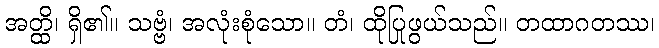
အတ္ထိ၊ ရှိ၏။ သဗ္ဗံ၊ အလုံးစုံသော။ တံ၊ ထိုပြုဖွယ်သည်။ တထာဂတဿ၊